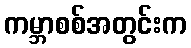
ကမ္ဘာစစ်အတွင်းက